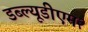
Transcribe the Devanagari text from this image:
डब्ल्यूडीएम२